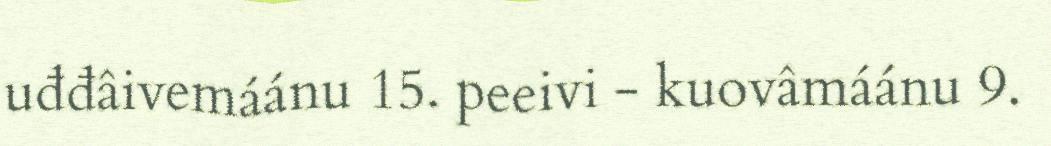
uđđâivemáánu 15. peeivi - kuovâmáánu 9.